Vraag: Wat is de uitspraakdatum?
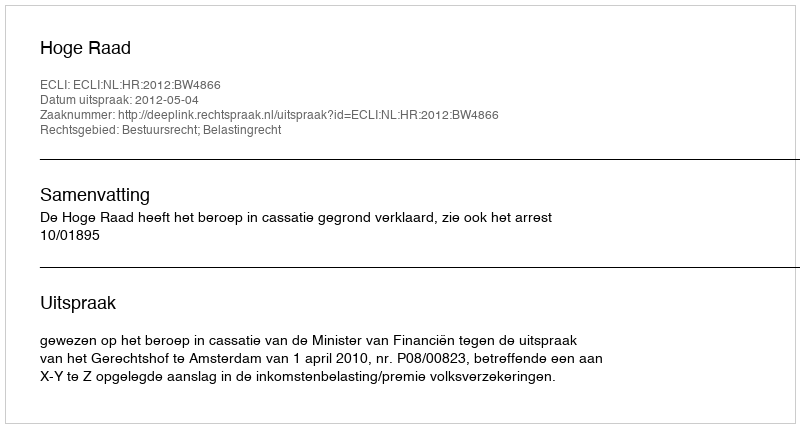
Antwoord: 2012-05-04